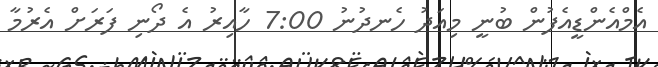
އެމްއެންޑީއެފުން ބުނީ މިއަދު ހެނދުނު 7:00 ހާއިރު އެ ދޯނި ފަރަށް އެރުމާ